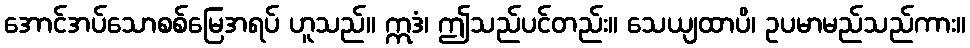
အောင်အပ်သောစစ်မြေအရပ် ဟူသည်။ ဣဒံ၊ ဤသည်ပင်တည်း။ သေယျထာပိ၊ ဥပမာမည်သည်ကား။